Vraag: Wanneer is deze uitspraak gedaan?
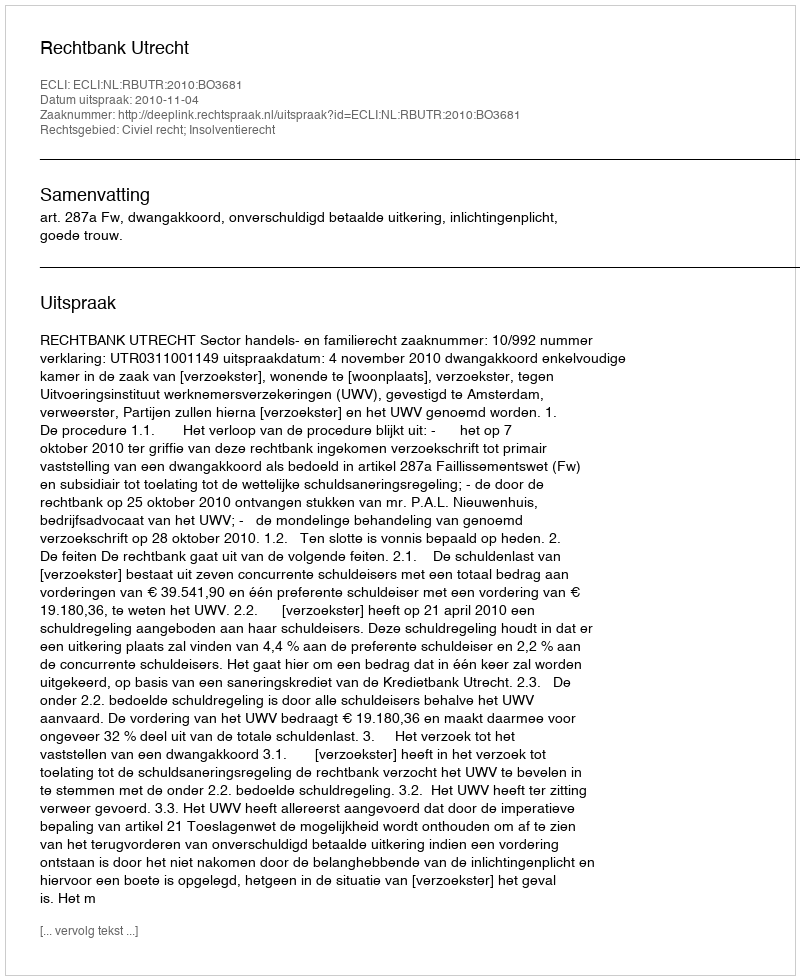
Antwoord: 2010-11-04